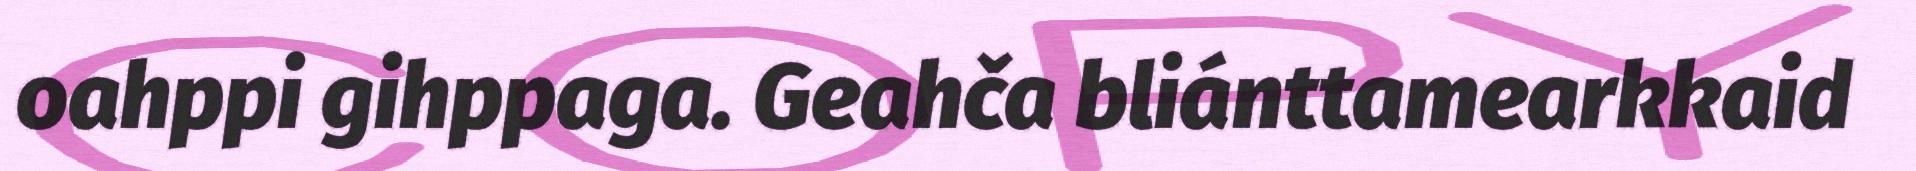
oahppi gihppaga. Geahča bliánttamearkkaid